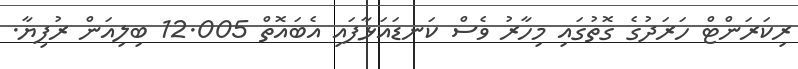
ރިކަރަންޓް ހަރަދުގެ ގޮތުގައި މިހާރު ވެސް ކަނޑައަޅާފައި އެބައޮތް 12.005 ބިލިއަން ރުފިޔާ.